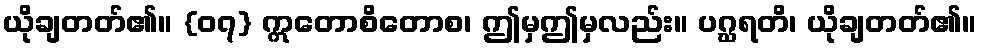
ယိုချတတ်၏။ {၀၇} ဣတောစိတောစ၊ ဤမှဤမှလည်း။ ပဂ္ဃရတိ၊ ယိုချတတ်၏။